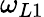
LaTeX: \omega_{L1}